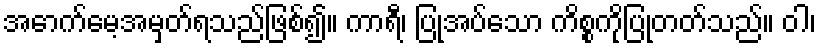
အောက်မေ့အမှတ်ရသည်ဖြစ်၍။ ကာရီ၊ ပြုအပ်သော ကိစ္စကိုပြုတတ်သည်။ ဝါ၊